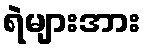
ရဲများအား